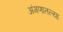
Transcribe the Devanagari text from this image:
अंगणातल्या